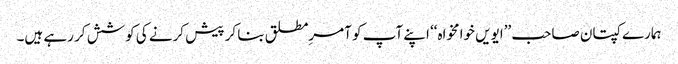
ہمارے کپتان صاحب ’’ایویں خوامخواہ‘‘ اپنے آپ کو آمرِمطلق بنا کر پیش کرنے کی کوشش کر رہے ہیں۔